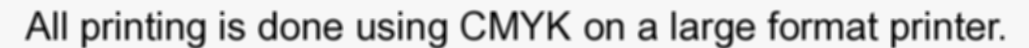
All printing is done using CMYK on a large format printer.